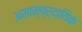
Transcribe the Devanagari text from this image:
असाम्प्र्दायिक